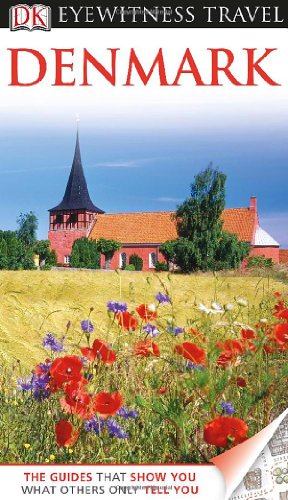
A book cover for DK Eyewitness Travel Guide: Denmark; DK Publishing; Travel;